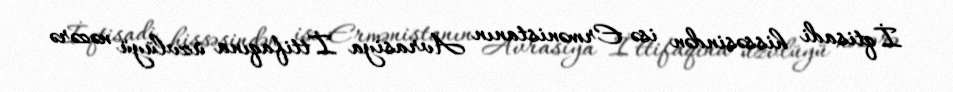
İqtisadi hissəsindən isə Ermənistanın Avrasiya İttifaqına üzvlüyü nəzərə